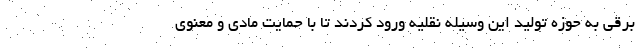
برقی به حوزه تولید این وسیله نقلیه ورود کردند تا با حمایت مادی و معنوی